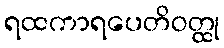
ရထကာရပေတိဝတ္ထု